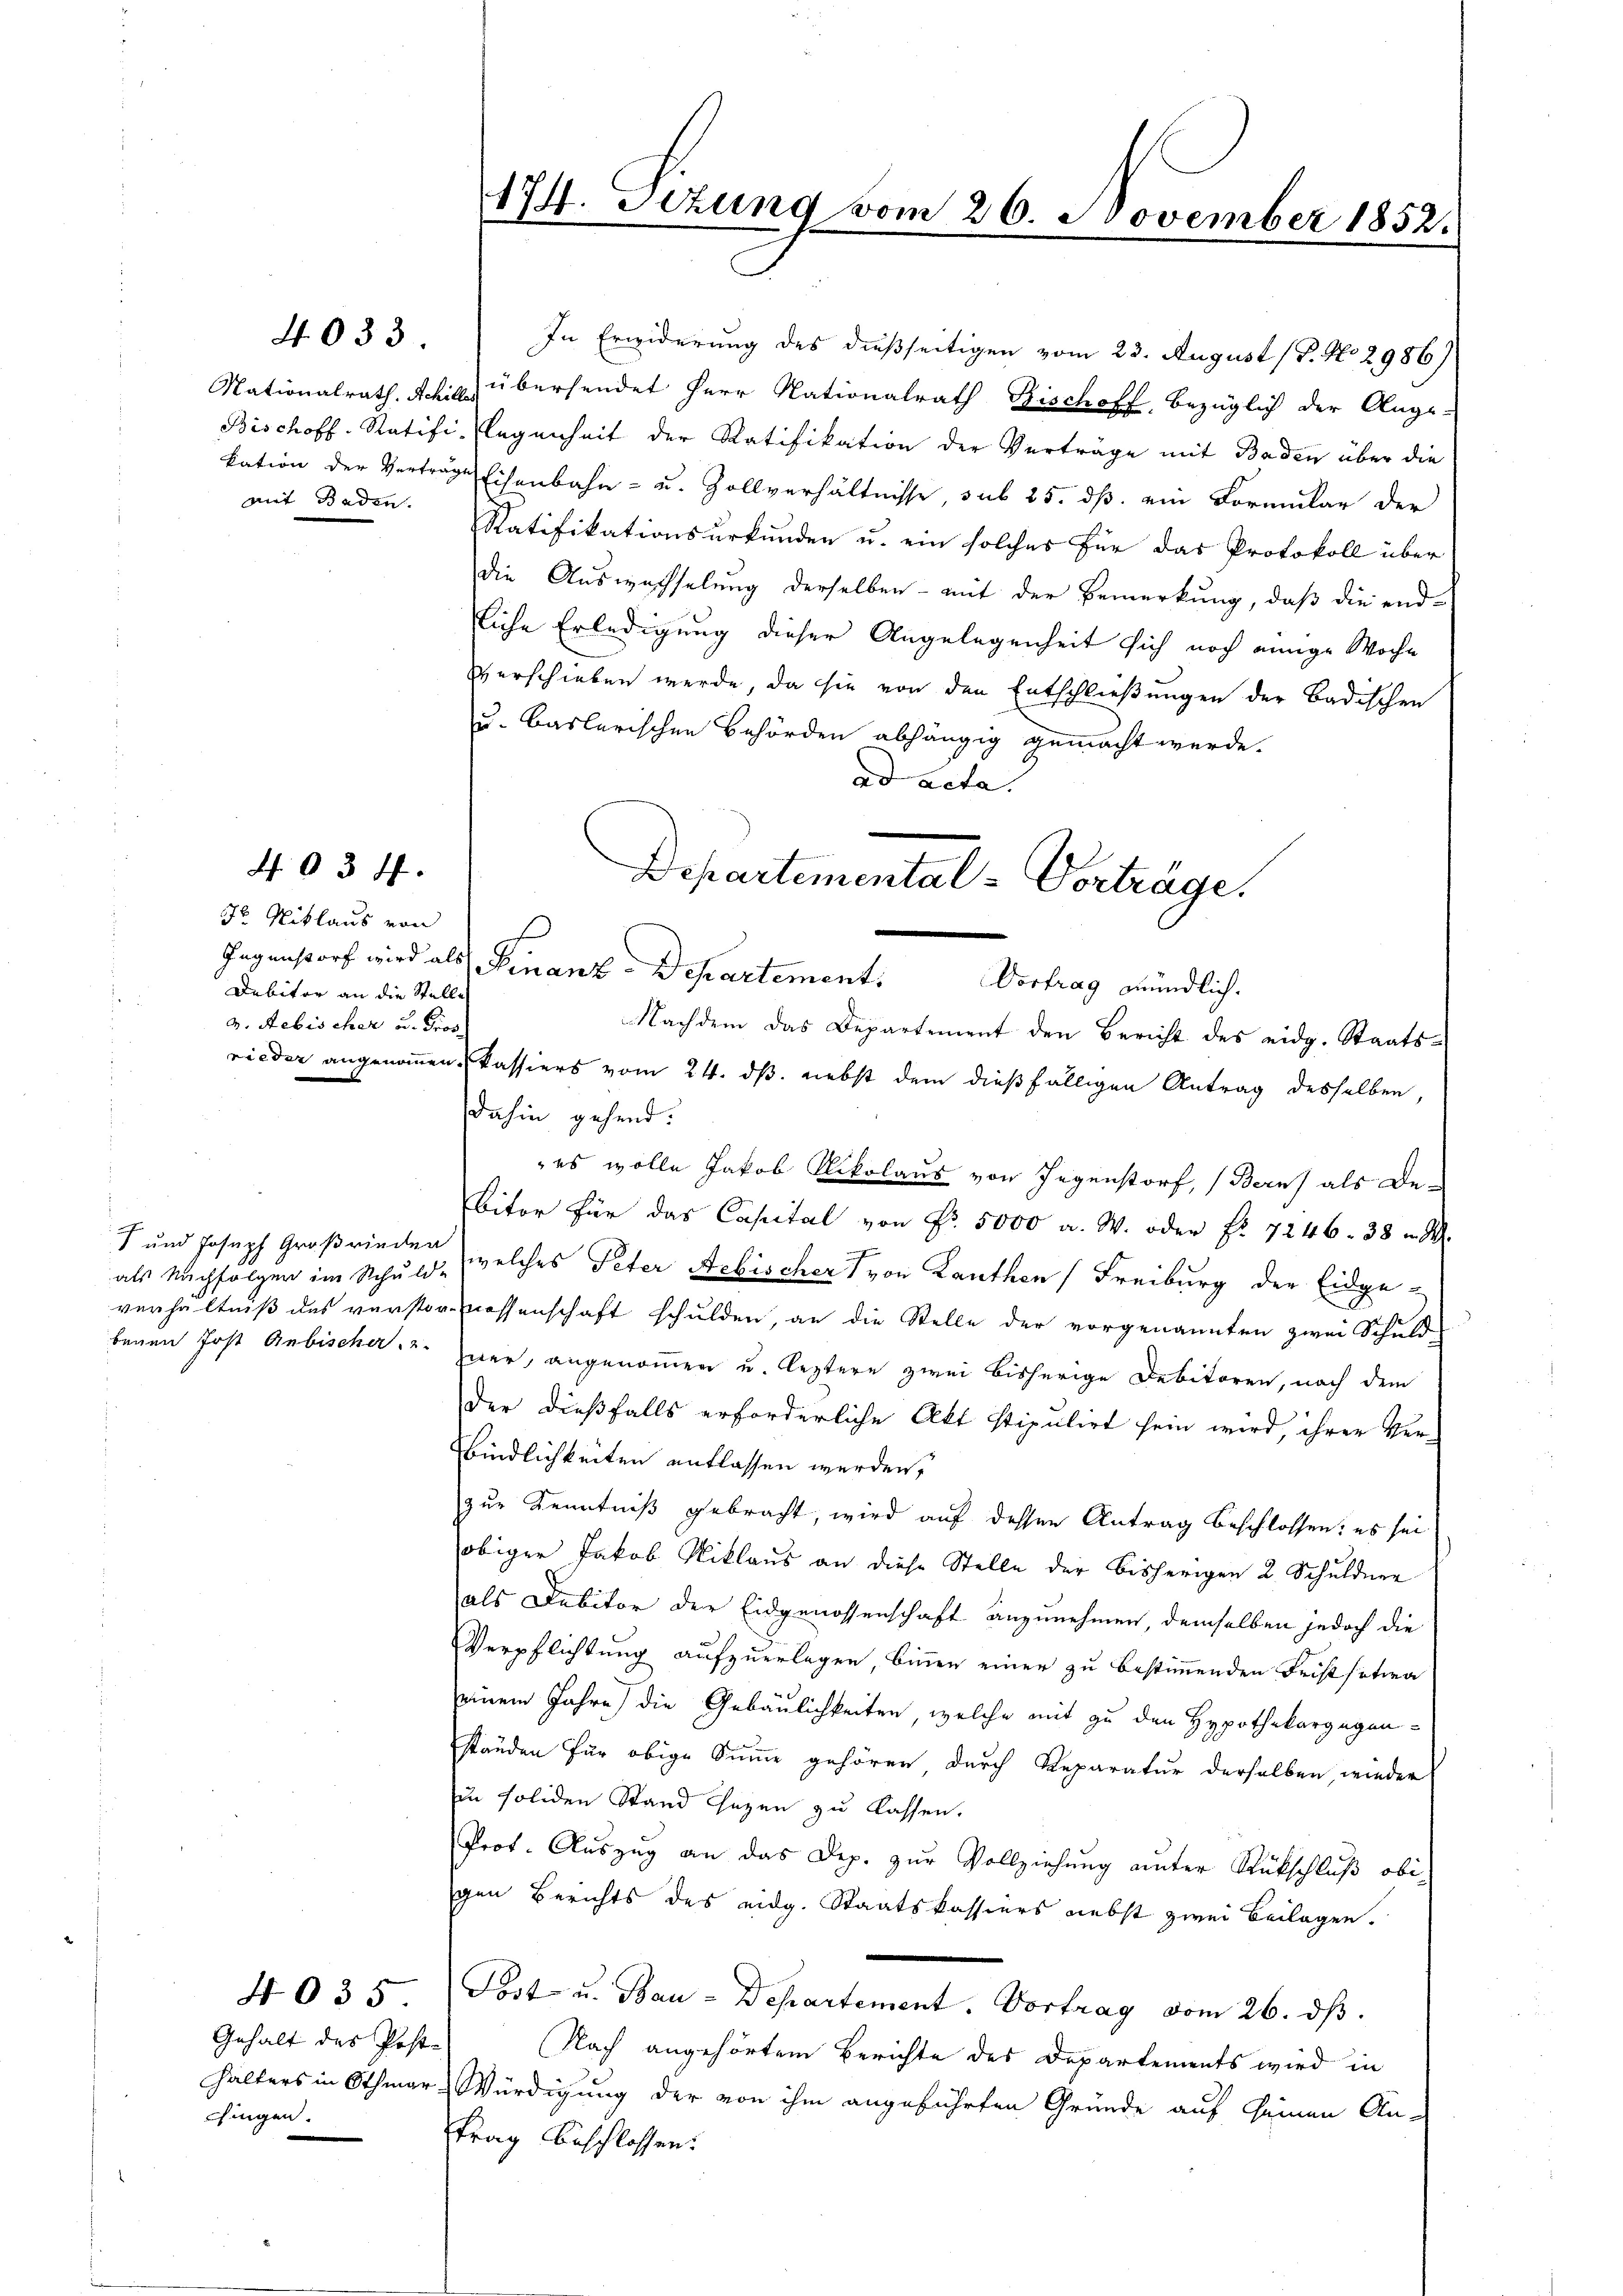
4033.

mit Baden.

403 ff.

Fr Niklaus von
Debitor an die Stelle
v. Aebischer u. Pros.

und Joseph Großrieden

Gehalt des Post-
chingen.

4035.

In Erwiderung des dießseitigen vom 23. August (T. No 2986)
Nationalrath. Achil übersendet Herr Nationalrath Bischoff, bezüglich der Ange-
Bischoff. Ratifi- legenheit der Ratifikation der Verträge mit Baden über die
kation der Verträge Eisenbahn- u. Zollverhältnisse, sub 25. ds. ein Formular der
Ratifikationsurkunden u. ein solches für das Protokoll über
die Auswachselung derselben - mit der Bemerkung, daß die end-
liche Erledigung dieser Angelegenheit sich noch einige Woche
verschieben werde, da sie von den Entschließungen der Badischen
u. Baslerischen Behörden abhängig gemacht werde.
ad acta.
rieder angenommen, Passiers vom 24. ds. nebst dem dießfälligen Antrag desselben,
dahin gehend:
 es wolle Jakob Nikolaus von Gegenstorf, Bern) als De-
Bitor für das Capital von Nr. 5000 a. W. oder Fr. 7246. 38 n 1.
als Nachfolgen im Schuld, welches Peter Aebischer von Lauthen (Freiburg der Eidge-
verhältniß des verstorenossenschaft schulden, an die Stelle der vorgenannten zwei Schuld-
benen Jost Anbischer u. zuer, angenommen u. leztere zwei bisherige Debitoren, nach dem
der dießfalls erforderliche Akt stipulirt sein wird, ihrer Ver-
bindlichkeiten entlassen werden,
zur Kenntniß gebracht, wird auf dessen Antrag beschlossen: es sei
obiger Jakob Niklaus an diese Stelle der bisherigen 2. Schuldner
als Debitor der Eidgenossenschaft anzunehmen, demselben jedoch die
Verpflichtung aufzuerlagen, binnen einer zu bestimmenden Frist sation
einem Jahre) die Gebäulichkeiten, welche mit zu den Hypothekargegenständen für obige Summe gehören, durch Reparatur derselben, wieder
in soliden Stand Chazen zu lassen.
Prof. Auszug an das Dep. zur Vollziehung unter Rückschluß obigen Berichts des eidg. Staatskassiers nebst zwei Beilagen.
Post u. Bau-Departement. Vortrag vom 26. ds.
Nach angehörtem Berichte des Departements wird in
halters in Othmar Würdigung der von ihm angeführten Gründe auf seinen An-
trag beschlossen:

174. Sizung vom 26. November 1852.

Departemental-Vorträge.
Gegenstorf wird als Finanz-Departement. Vortrag mündlich.
Nachdem das Departement den Bericht des eidg. Staats¬